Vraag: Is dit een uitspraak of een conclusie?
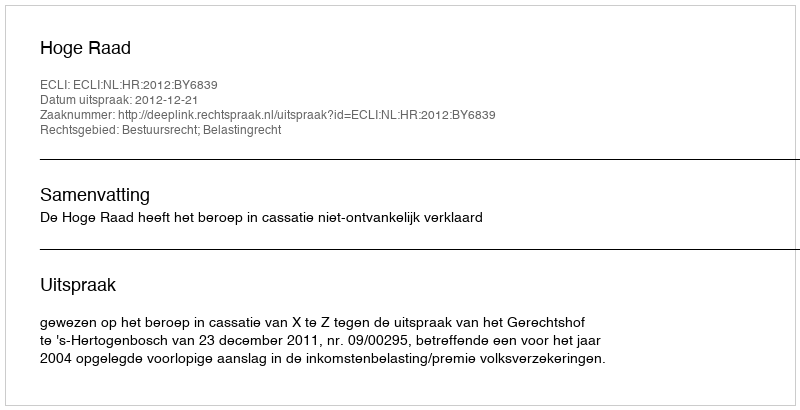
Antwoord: Uitspraak